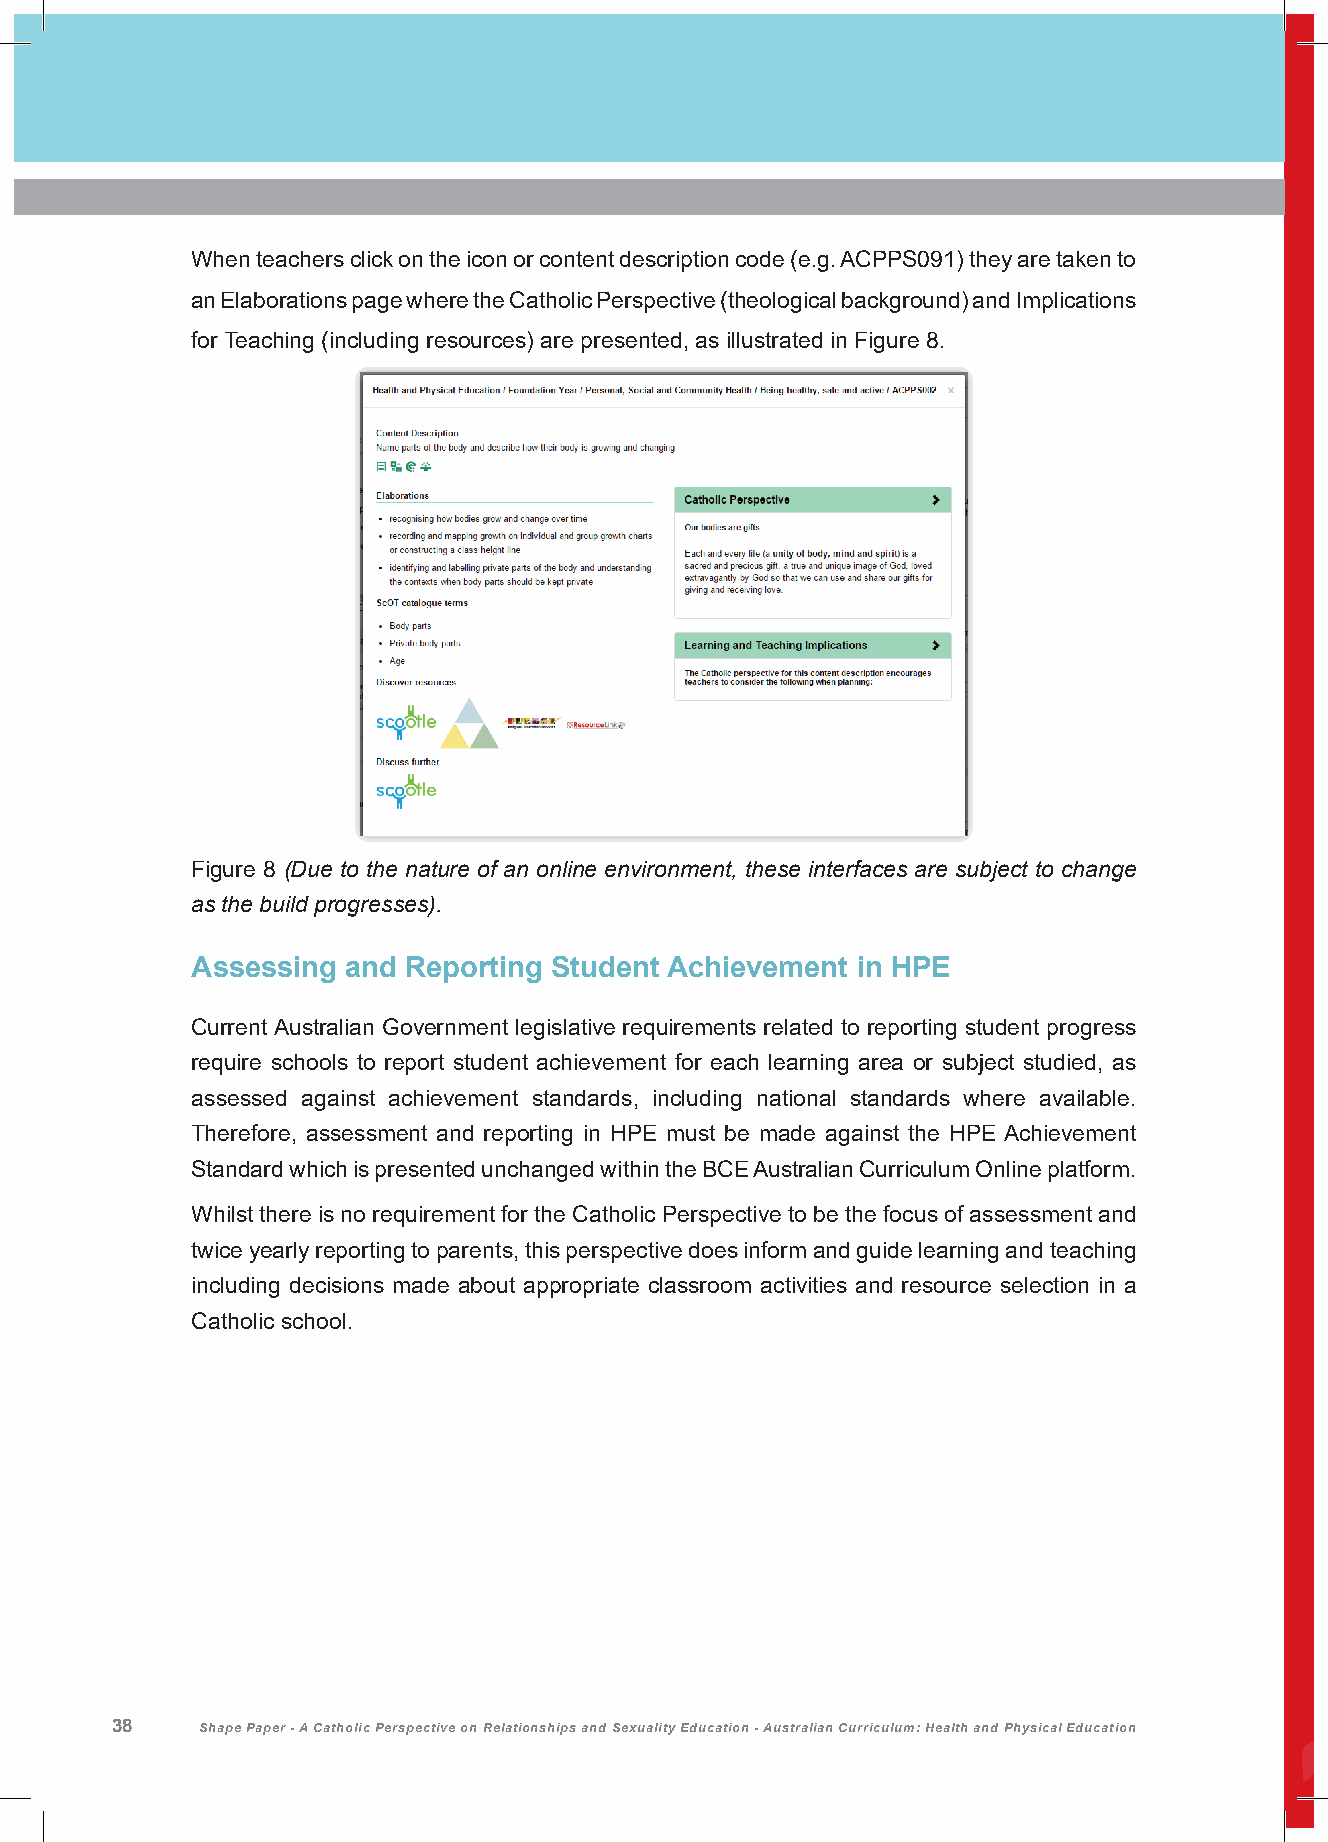
When teachers click on the icon or content description code (e.g. ACPPS091) they are taken to
 an Elaborations page where the Catholic Perspective (theological background) and Implications
 for Teaching (including resources) are presented, as illustrated in Figure 8.
 Appendix
 Figure 8 (Due to the nature of an online environment, these interfaces are subject to change
 as the build progresses).
 Assessing and Reporting Student Achievement in HPE
 Current Australian Government legislative requirements related to reporting student progress
 require schools to report student achievement for each learning area or subject studied, as
 assessed against achievement standards, including national standards where available.
 Therefore, assessment and reporting in HPE must be made against the HPE Achievement
 Standard which is presented unchanged within the BCE Australian Curriculum Online platform.
 Whilst there is no requirement for the Catholic Perspective to be the focus of assessment and
 twice yearly reporting to parents, this perspective does inform and guide learning and teaching
 including decisions made about appropriate classroom activities and resource selection in a
 Catholic school.
 38    Shape Paper - A Catholic Perspective on Relationships and Sexuality Education - Australian Curriculum: Health and Physical Education